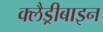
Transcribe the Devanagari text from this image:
क्लैड्रीबाइन